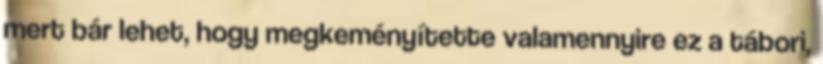
mert bár lehet, hogy megkeményítette valamennyire ez a tábori,